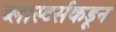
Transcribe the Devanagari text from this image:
ब्लास्टर्सकडून